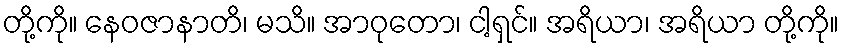
တို့ကို။ နေဝဇာနာတိ၊ မသိ။ အာဝုတော၊ ငါ့ရှင်။ အရိယာ၊ အရိယာ တို့ကို။